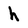
Character: h